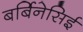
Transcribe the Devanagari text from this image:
बर्बिनेसिई